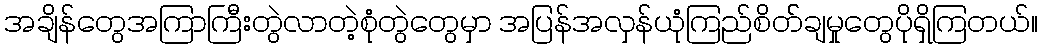
အချိန်တွေအကြာကြီးတွဲလာတဲ့စုံတွဲတွေမှာ အပြန်အလှန်ယုံကြည်စိတ််ချမှုတွေပိုရှိကြတယ်။